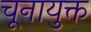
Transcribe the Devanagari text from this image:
चूनायुक्त